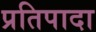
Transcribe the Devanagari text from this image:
प्रतिपादा